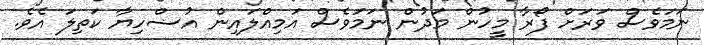
ނަމަވެސް ވަރަށް ފޯރާ މީހުން މަދުން ނަމަވެސް އަމިއްލައިން އުޟްހިޔާ ކަތިލަ އެވެ.